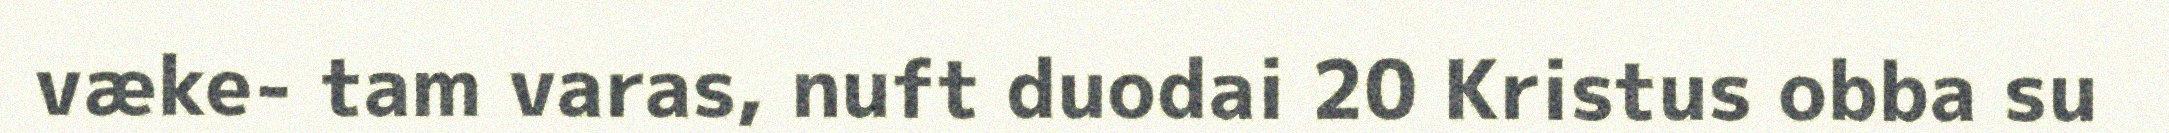
væke- tam varas, nuft duodai 20 Kristus obba su